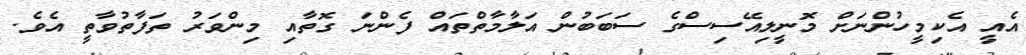
އެއީ އެކިމީހުންނަށް މޮނީލިއޭސިސްގެ ސަބަބުން އަލާމާތްތައް ފެންނަ ގޮތާއި މިންވަރު ތަފާތުވާތީ އެވެ.